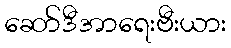
ဆော်ဒီအာရေးဗီးယား